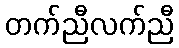
တက်ညီလက်ညီ